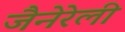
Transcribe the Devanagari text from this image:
जैनेरेली